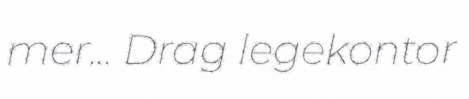
mer... Drag legekontor